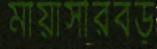
মায়াসীরবড়